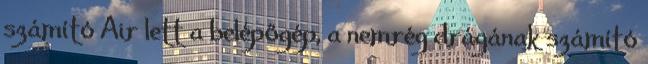
számító Air lett a belépőgép, a nemrég drágának számító